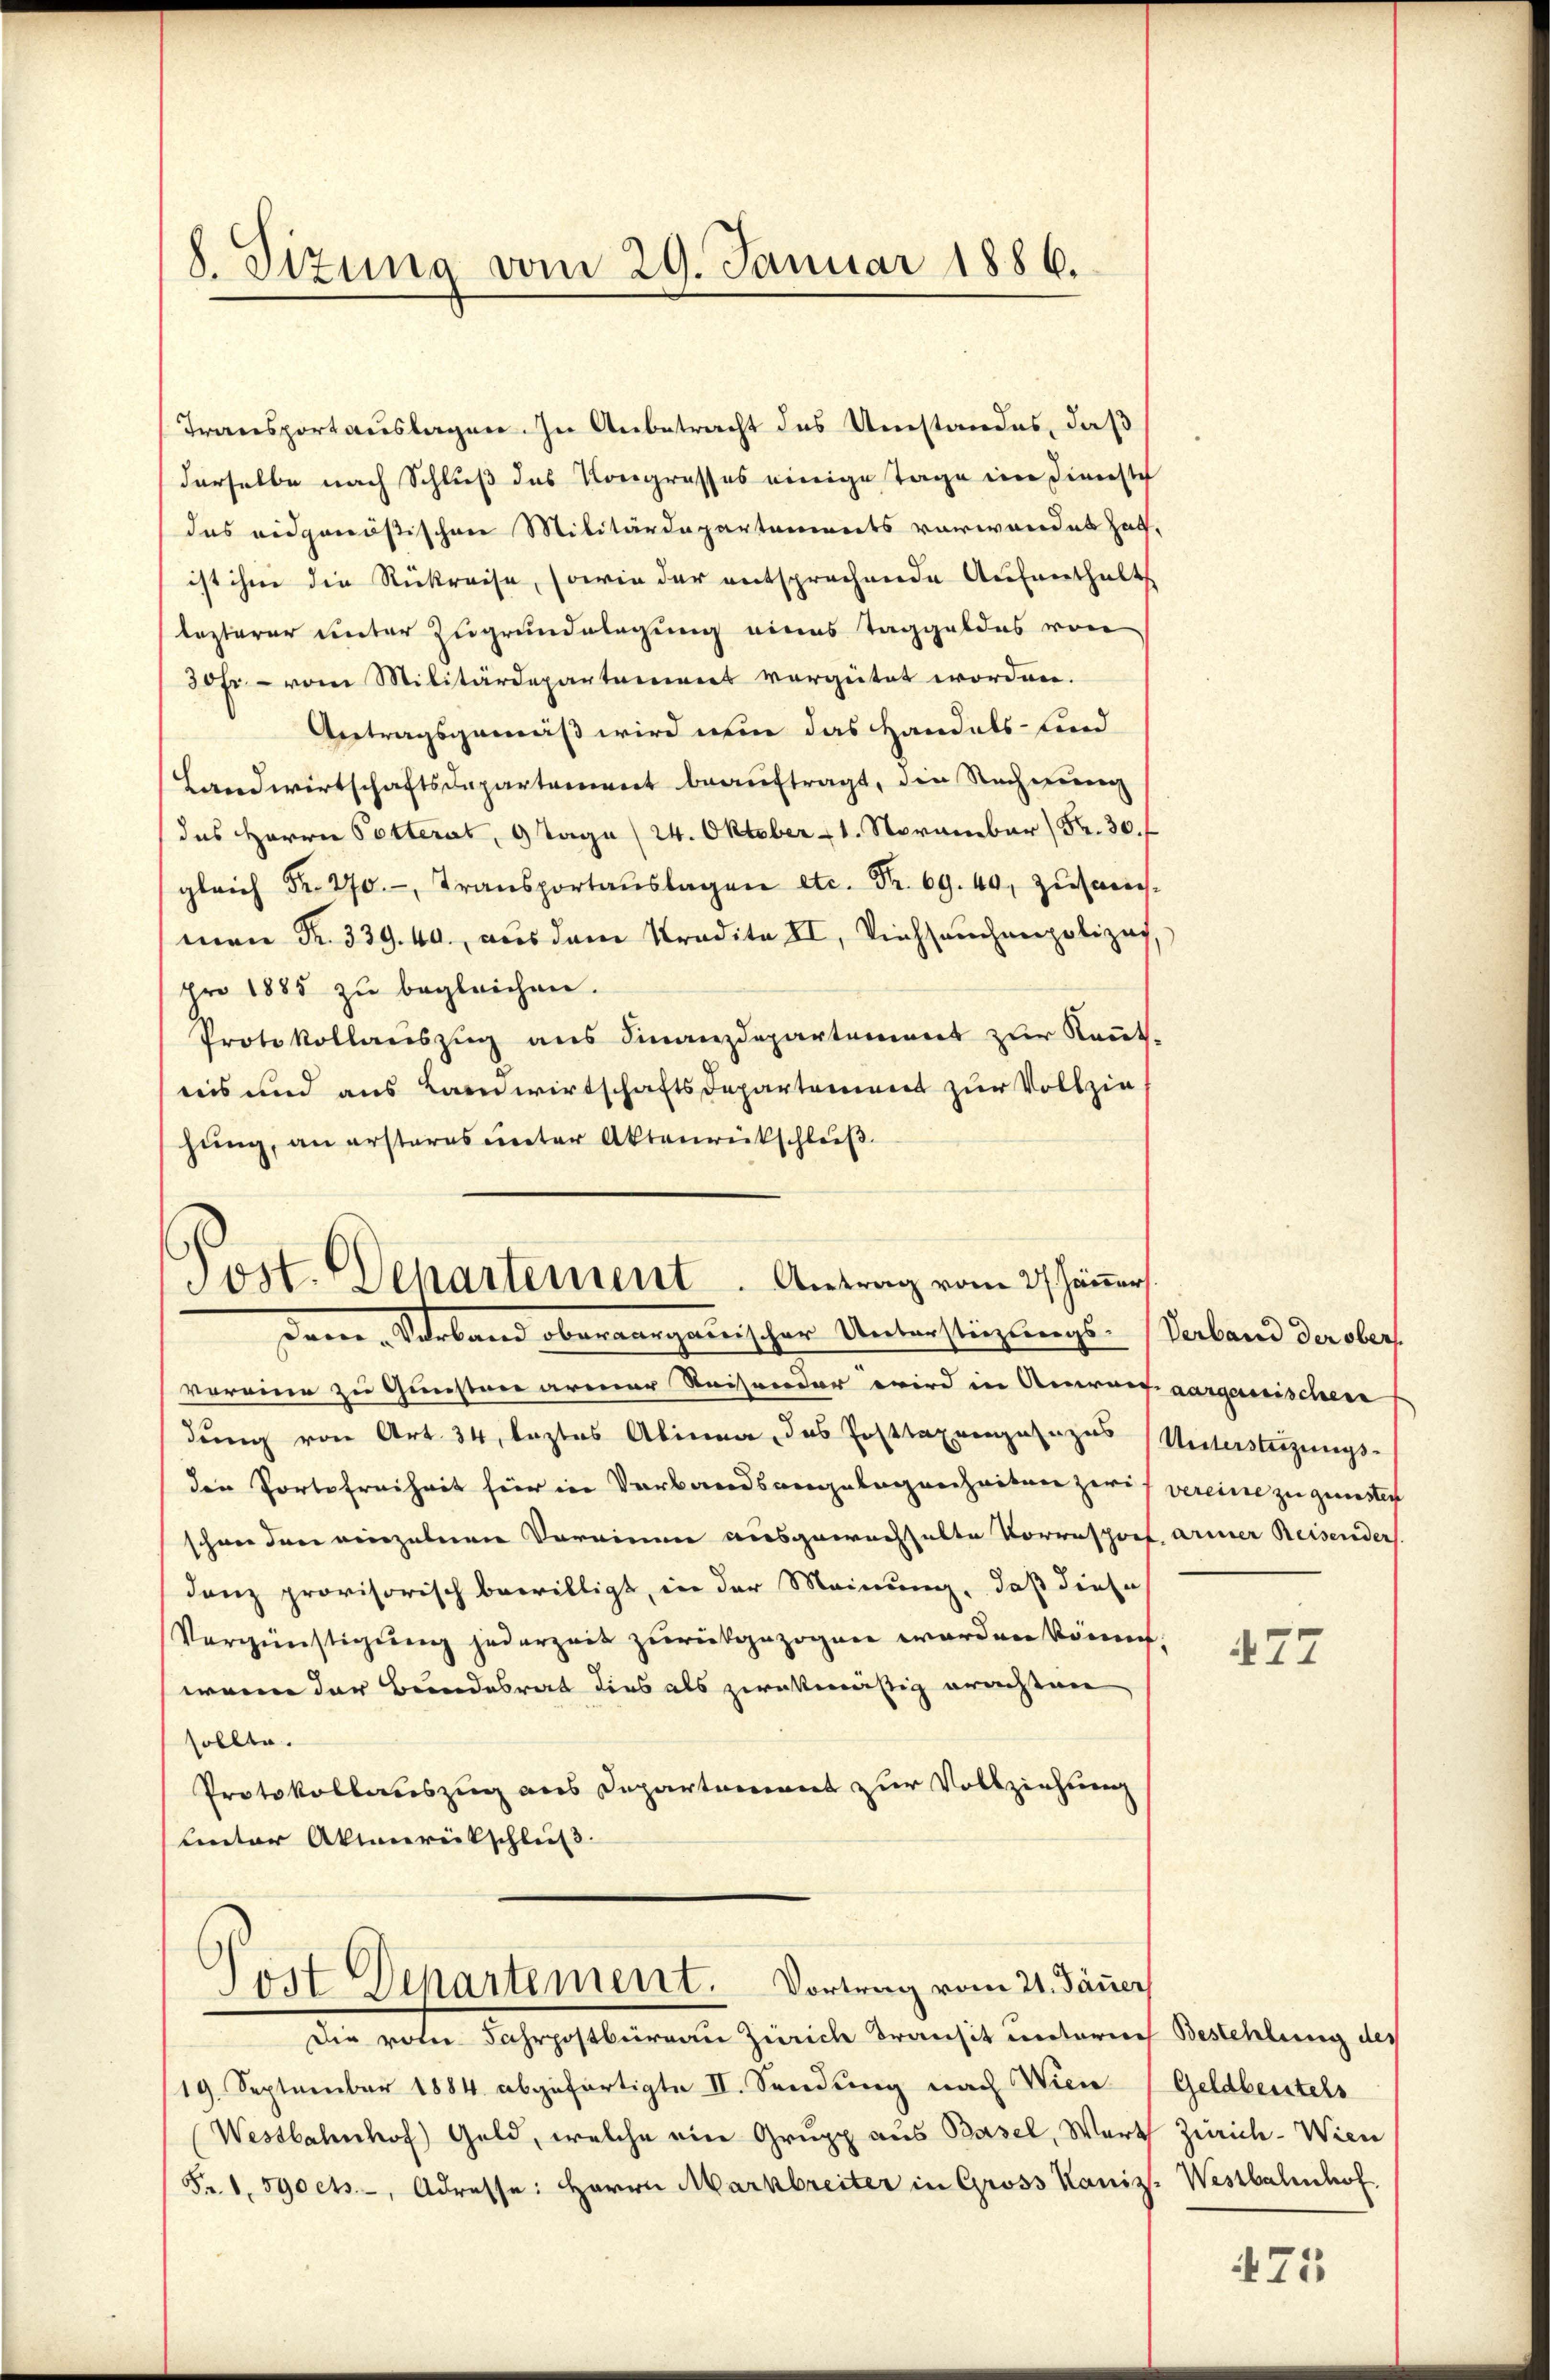
8. Sizung vom 29. Januar 1886.

Transportauslagen. In Anbetracht des Umstandes, daß
derselbe nach Schluß das Kongrosses einige Tage im Dienste
das eidgenößischen Militärdepartements vorwandet hat,
ist ihm die Rückreise, sowie der entsprechende Aufenthalts
lezterer unter Zugrundelagung eines Taggeldes von
30 fr. - vom Militärdepartement vergütet worden.
Antragsgemäß wird nun das Handels- und
Landwirtschaftsdepartement beauftragt, die Rechnung
das Herrn Potterat, 9 Tage (24. Oktober 1. November) Fr. 30. f
 Transportaŭslagen etc. Fr. 940. zusam-
man Fr. 339. 40. aus dem Tradita II, Viehseuchenpolizach,
pro 1885 zu begleichen.
Protokollauszug aus Finanzdepartement zur Kennt-
reis und aus Landwirtschaftsdepartement zur Vollzie
hung, an ersteres unter Aktenrückschluß

Post. Departement. Antrag vom 27. Jänner
dem Verband oberaargauischer Unterstüzungs-Verband derober

vereine zu Gunsten armer Reisender wird in Anwarf aargassischen
dung von Art. 34, leztes Abinna, das Posttaxanalogus Untersteigungs-
die Portofreiheit für in Verbandsangelegenheiten zweis vereine zu gunsten
schwer dere verzelnen Vereinen ausgewachhalte Vorresporf armer Reisender
danz provisorisch bewilligt, in der Meinung, daß diese
Vergünstigung jederzeit zurückgezogen worden könne,
wenn der Bundesrat dies als zweckmäßig erachten
sollte.
Protokollauszug aus Departement zur Vollziehung
Lnter Aktenrückschluß.

Post Departement. Vortrag vom 21. Jäner

Die vom Fahrpostbureau Zürich Transit unterrech Bestehlung des
19. September 1884 abgefertigte II. Sendung nach Wien
Westbahnhof Geld, welche ein Grupp aus Basel, Werth Zürich-Wien
(Fr. 1. 590 cts., Adresse: Herrn Markbreiter in Gross Kaniz. Westbahnhof

477

Geldbeistels

75